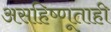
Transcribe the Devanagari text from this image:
असहिष्णूताही